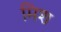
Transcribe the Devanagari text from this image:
मिश